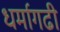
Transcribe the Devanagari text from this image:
धर्मागढी